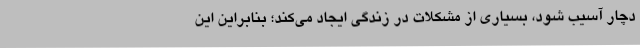
دچار آسیب شود، بسیاری از مشکلات در زندگی ایجاد می‌کند؛ بنابراین این